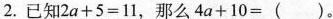
2.已知$$2a+5=11$$,那么$$4a+10=( )$$.